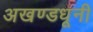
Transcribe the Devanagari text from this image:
अखण्डधूनी